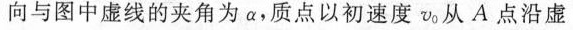
向与途中虚线的夹角为α，质点一处速度v _{0}从A点沿虚